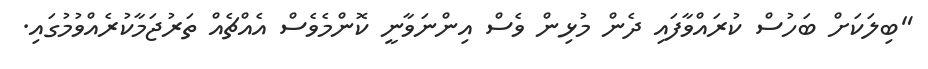
"ބިލަކަށް ބަހުސް ކުރައްވާފައި ދެން މުޅިން ވެސް އިންނަވާނީ ކޮންމެވެސް އެއްޗެއް ތަރުޖަމާކުރެއްވުމުގައި.